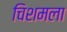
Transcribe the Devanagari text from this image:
चिशमला